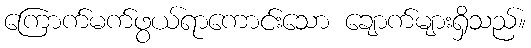
ကြောက်မက်ဖွယ်ရာကောင်းသော ချောက်များရှိသည်။